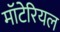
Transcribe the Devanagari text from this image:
मॉटेरियल